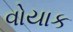
વોયાક